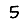
Digit: 5